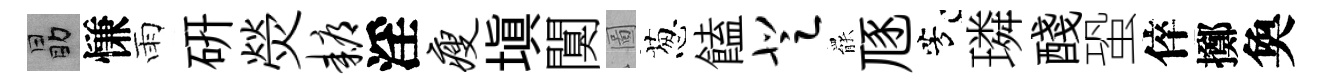
勗慊雨硏熒耨淫瘦塡闃圖葱饁登罷豗芳璘醆蛩倅擲奐